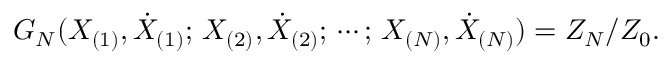
G _ { N } ( X _ { ( 1 ) } , \dot { X } _ { ( 1 ) } ; \, X _ { ( 2 ) } , \dot { X } _ { ( 2 ) } ; \, \cdots ; \, X _ { ( N ) } , \dot { X } _ { ( N ) } ) = Z _ { N } / Z _ { 0 } .